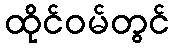
ထိုင်ဝမ်တွင်